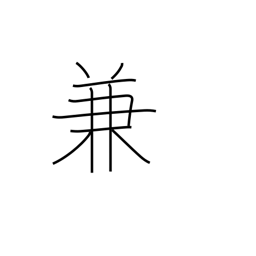
Meaning: beforehand